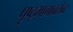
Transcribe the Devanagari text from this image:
पृष्ठ्भागाबरोबर